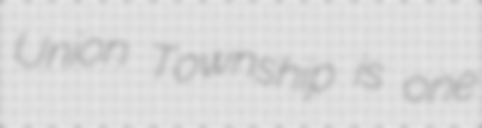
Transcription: Union Township is one